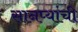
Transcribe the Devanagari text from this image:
सानप्यांची